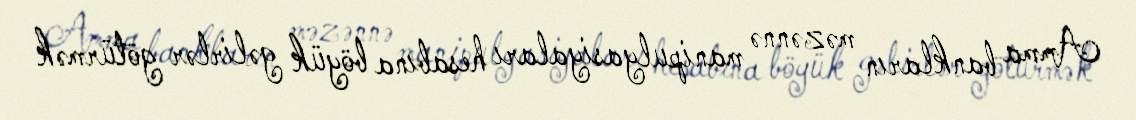
Amma bankların məzənnə manipulyasiyaları hesabına böyük gəlirlər götürmək